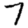
Digit: 7